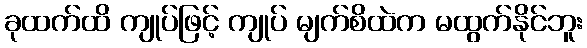
ခုထက်ထိ ကျုပ်ဖြင့် ကျုပ် မျက်စိထဲက မထွက်နိုင်ဘူး